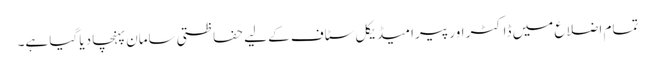
تمام اضلاع میں ڈاکٹر اور پیرا میڈیکل سٹاف کے لیے حفاظتی سامان پہنچا دیا گیا ہے۔